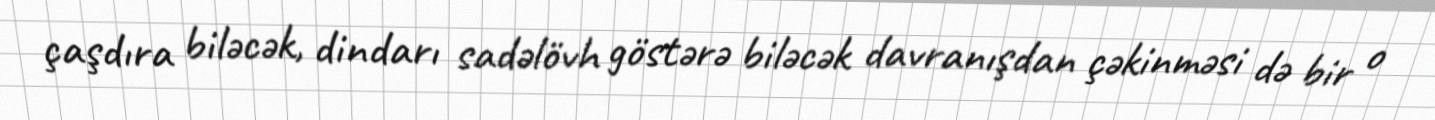
çaşdıra biləcək, dindarı sadəlövh göstərə biləcək davranışdan çəkinməsi də bir o